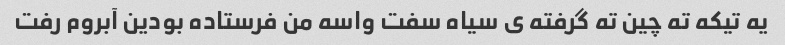
یه تیکه ته چین ته گرفته ى سیاه سفت واسه من فرستاده بودین آبروم رفت